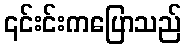
၎င်းင်းကပြောသည်